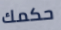
حكمك